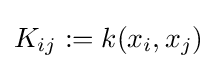
K_{ij}:=k(x_{i},x_{j})